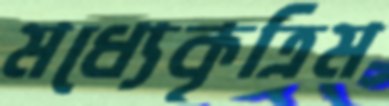
মধ্যেকৃত্রিম